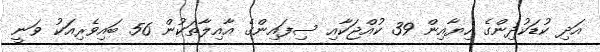
އަދި ކުޑަކުދިންގެ ހިޔާއިން 39 ކުއްޖަކާއި ސިފައިންގެ އާއިލާތަކުން 56 ބައިވެރިއަކު ވަނީ